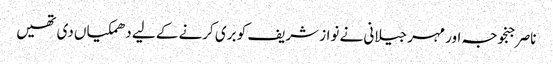
ناصر جنجوجہ اور مہر جیلانی نے نواز شریف کو بری کرنے کے لیے دھمکیاں دی تھیں